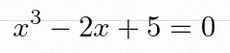
x^3-2x+5=0